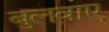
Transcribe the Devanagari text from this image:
बुलवाए